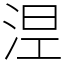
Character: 𣵀